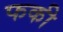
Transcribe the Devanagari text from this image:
फकी